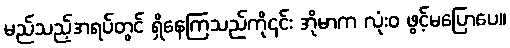
မည်သည့်အရပ်တွင် ရှိနေကြသည်ကို၎င်း အိုမာက လုံးဝ ဖွင့်မပြောပေ။